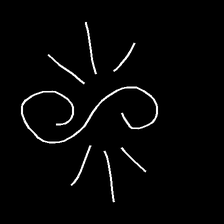
Glyph: wind-directs-air